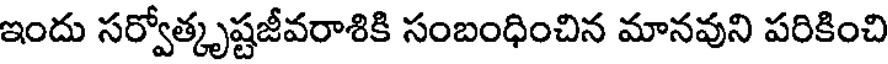
ఇందు సర్వోత్కృష్టజీవరాశికి సంబంధించిన మానవుని పరికించి